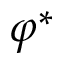
\varphi ^ { * }